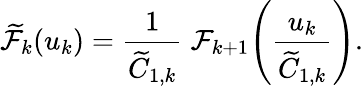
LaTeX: \widetilde{\cal F}_{k}(u_{k})=\frac{1}{\widetilde C_{1,k}}\; {\cal F}_{k+1}\! \left(\frac{u_{k}}{\widetilde C_{1,k}}\right).